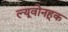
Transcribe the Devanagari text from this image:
ल्यूवोनहूक